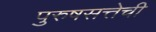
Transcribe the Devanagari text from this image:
पुरुषसत्तेची